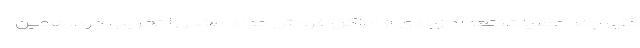
طی چند عملیات، تعداد زیادی از اماکن فروش مواد مخدر را تخریب کرد. همین